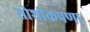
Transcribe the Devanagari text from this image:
सोशीकपणा